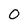
Character: 0